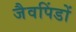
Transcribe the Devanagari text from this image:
जैवपिंडों